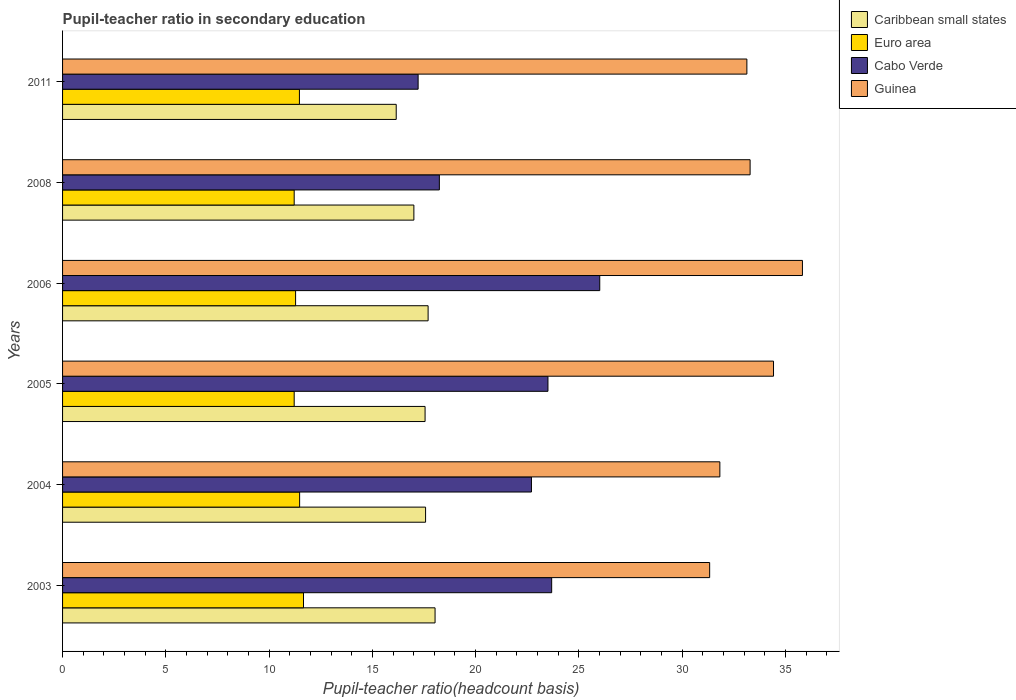
| Years | Caribbean small states | Euro area | Cabo Verde | Guinea |
 | --- | --- | --- | --- | --- |
 | 2003 | 18 | 11.7 | 23.7 | 31.3 |
 | 2004 | 17.6 | 11.5 | 22.7 | 31.8 |
 | 2005 | 17.6 | 11.2 | 23.5 | 34.4 |
 | 2006 | 17.7 | 11.3 | 26 | 35.8 |
 | 2008 | 17 | 11.2 | 18.2 | 33.3 |
 | 2011 | 16.2 | 11.5 | 17.2 | 33.1 |